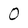
Character: O